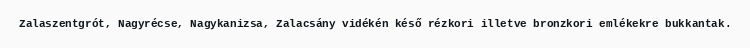
Zalaszentgrót, Nagyrécse, Nagykanizsa, Zalacsány vidékén késő rézkori illetve bronzkori emlékekre bukkantak.